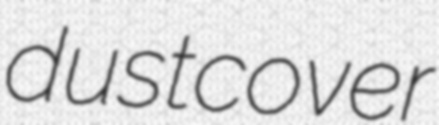
dustcover